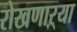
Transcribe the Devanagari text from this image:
रोखणाऱ्या